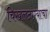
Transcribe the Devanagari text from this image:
चिखलठाण्याचा